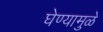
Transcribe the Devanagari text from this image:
घेण्यामुळे